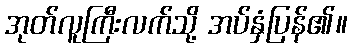
အုတ်လူကြီးလက်သို့ အပ်နှံပြန်၏။